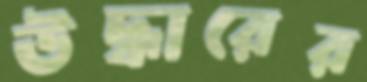
উদ্ধারের